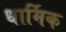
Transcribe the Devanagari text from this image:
धार्मिक